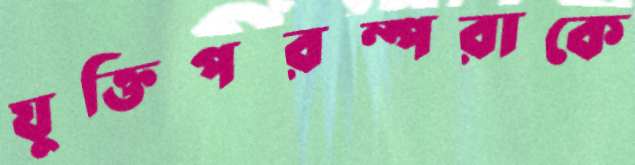
যুক্তিপরম্পরাকে